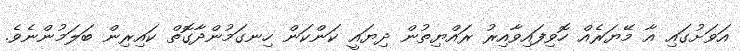
އަވަށުގައި އާ މޭޔަރެއް ހޮވިފައިވާއިރު ރައްޔިތުން ދިޔައީ ކަންކަން ހިނގަމުންދާގޮތް ކައިރިން ބަލަމުންނެވެ.